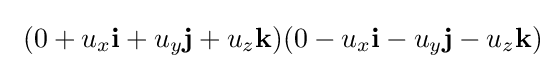
\ (0+u_{x}\mathbf {i} +u_{y}\mathbf {j} +u_{z}\mathbf {k} )(0-u_{x}\mathbf {i} -u_{y}\mathbf {j} -u_{z}\mathbf {k} )